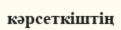
кәрсеткіштің